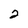
Character: 2